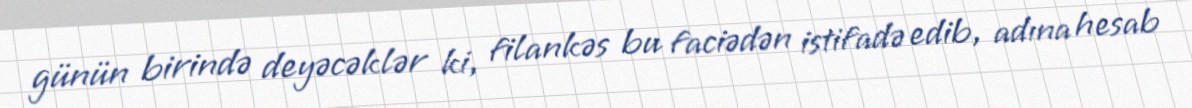
günün birində deyəcəklər ki, filankəs bu faciədən istifadə edib, adına hesab